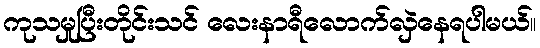
ကုသမှုပြီးတိုင်းသင် လေးနာရီလောက်လှဲနေရပါမယ်။